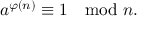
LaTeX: a ^ { \varphi ( n ) } \equiv 1 \mod n .